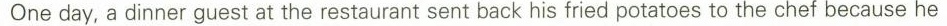
One day, a dinner guest at the restaurant sent back his fried potatoes to the chef because he